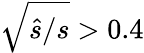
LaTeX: \sqrt{\hat{s}/s}>0.4